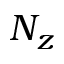
N _ { z }